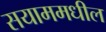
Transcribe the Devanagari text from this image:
सयाममधील